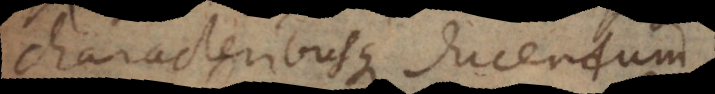
characteribusque ducendum.